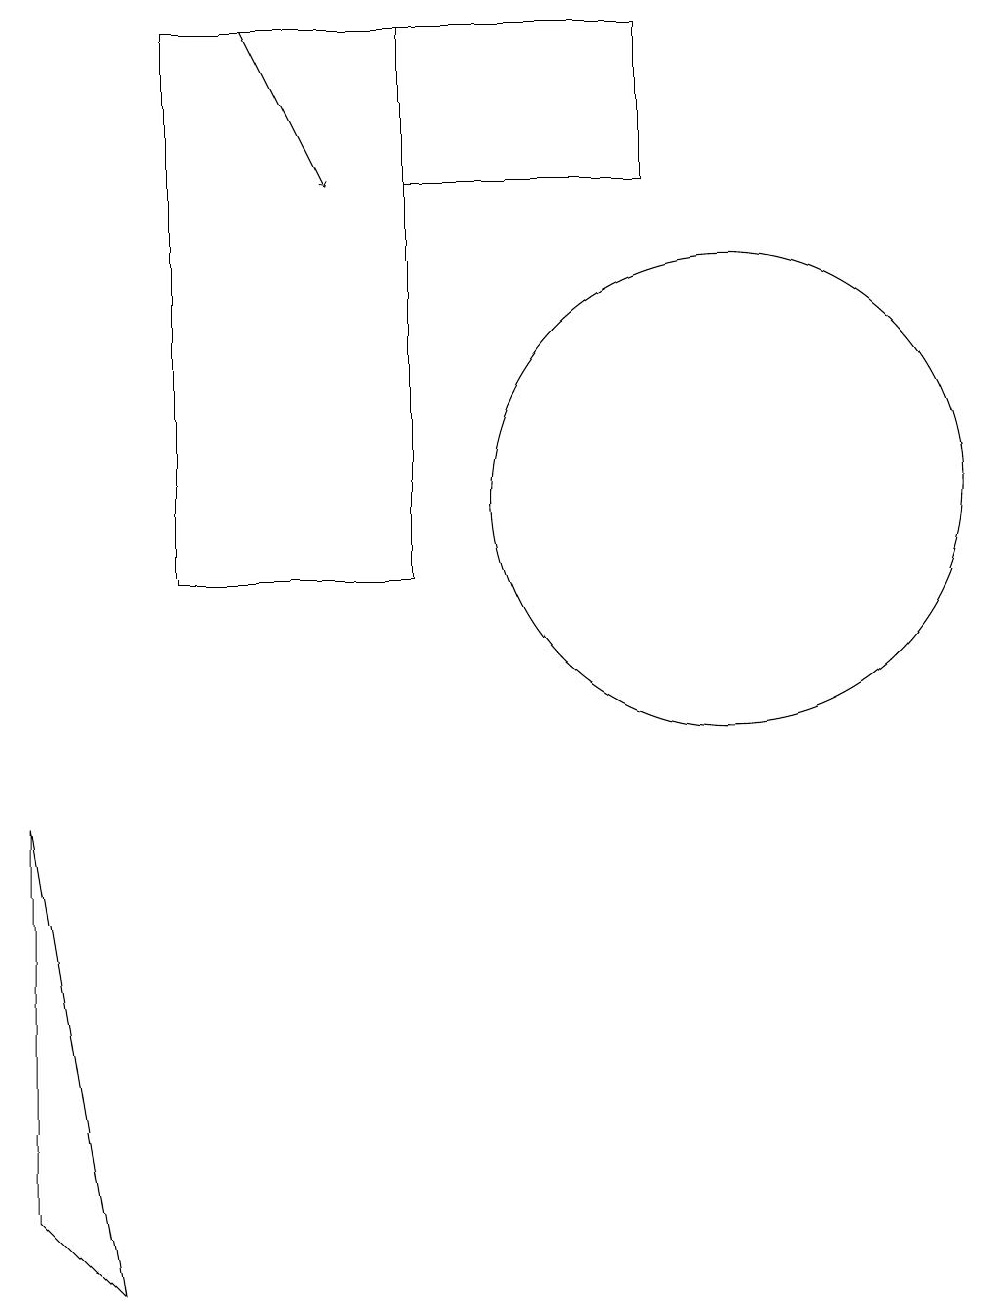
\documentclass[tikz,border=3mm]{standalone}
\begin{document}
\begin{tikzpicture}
\draw (9,17) rectangle (6,15);
\draw[->] (4,17) -- (5,15);
\draw (3,17) rectangle (6,10);
\draw (10,11) circle (3);
\draw (1,2) -- (2,1) -- (1,7) -- cycle;
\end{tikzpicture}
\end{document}